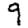
Digit: 9